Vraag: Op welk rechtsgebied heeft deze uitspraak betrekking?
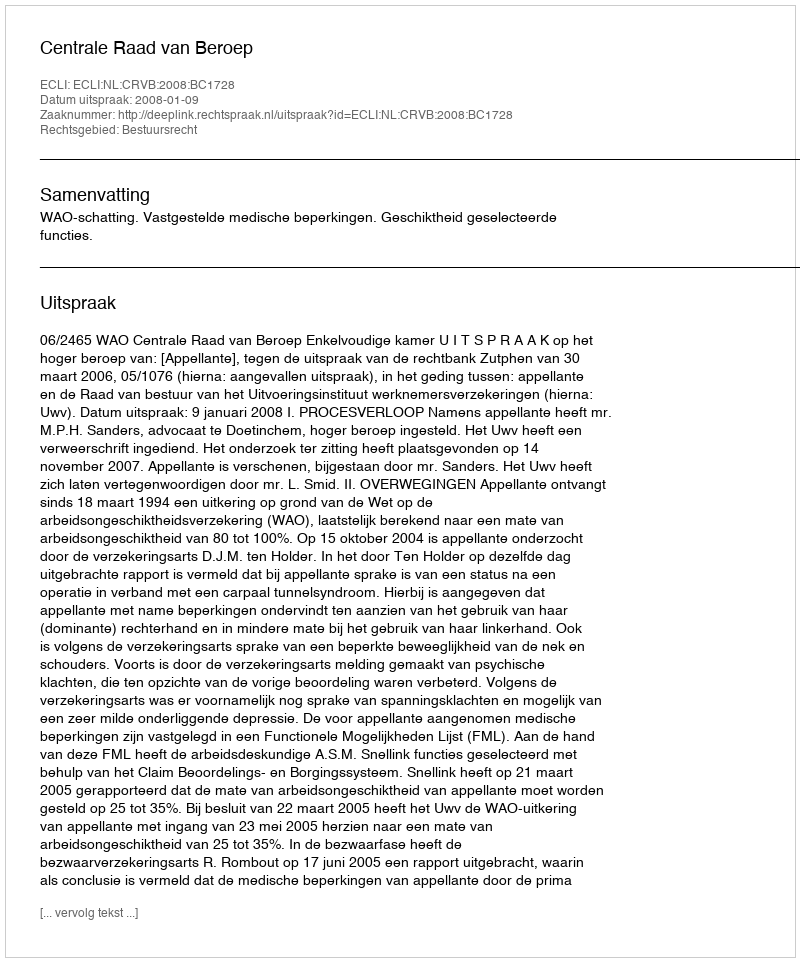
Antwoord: Bestuursrecht